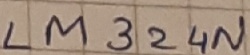
Text: LM324N